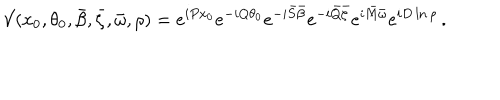
{ \cal V } ( x _ { 0 } , \theta _ { 0 } , \bar { \beta } , \bar { \zeta } , \bar { \omega } , \rho ) = e ^ { i P x _ { 0 } } e ^ { - i Q \theta _ { 0 } } e ^ { - i \bar { S } \bar { \beta } } e ^ { - i \bar { Q } \bar { \zeta } } e ^ { i \bar { M } \bar { \omega } } e ^ { i D \ln \rho } \, .